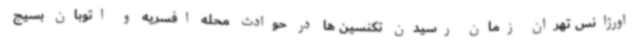
اورژانس تهران زمان رسیدن تکنسین ها در حوادث محله افسریه و اتوبان بسیج